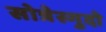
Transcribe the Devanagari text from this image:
सोत्रेस्गुदो